Indian journal of veterinary science and animal husbandry - Volumes 15-17, 1948-1951
Year: 1948
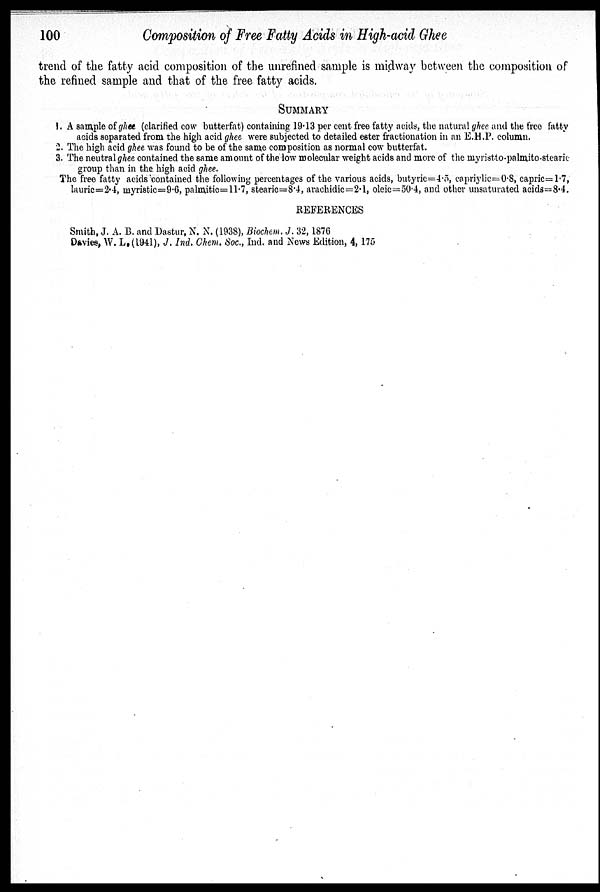
100
Composition of Free Fatty Acids in High-acid Ghee
trend of the fatty acid composition of the unrefined sample is midway between the composition of
the refined sample and that of the free fatty acids.
SUMMARY
1. A sample of ghee (clarified cow butterfat) containing 19.13 per cent free fatty acids, the natural ghee and the free fatty
acids separated from the high acid ghee were subjected to detailed ester fractionation in an E.H.P. column.
2. The high acid ghee was found to be of the same composition as normal cow butterfat.
3. The neutral ghee contained the same amount of the low molecular weight acids and more of the myristto-palmito-stearic
group than in the high acid ghee.
The free fatty acids contained the following percentages of the various acids, butyric=4.5, copriylic=0.8, capric=1.7,
lauric=2.4, myristic=9.6, palmitic=11.7, stearic=8.4, araehidic=2.1, oleic=50.4, and other unsaturated acids=8.4.
REFERENCES
Smith, J. A. B. and Dastur, N. N. (1938), Biochem. J. 32, 1876
Davies, W. L. (1941), J. Ind. Chem. Soc., Ind. and News Edition, 4, 175